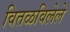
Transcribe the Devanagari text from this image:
वितळविलेले